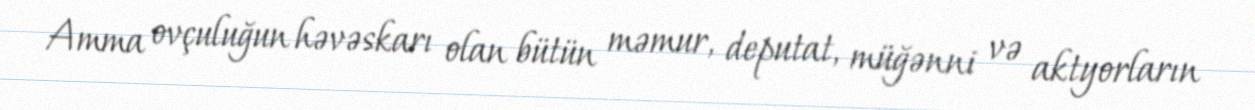
Amma ovçuluğun həvəskarı olan bütün məmur, deputat, müğənni və aktyorların